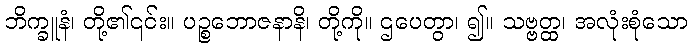
ဘိက္ခူနံ၊ တို့၏၎င်း။ ပဉ္စဘောဇနာနိ၊ တို့ကို။ ဌပေတွာ၊ ၍။ သဗ္ဗတ္ထ၊ အလုံးစုံသော